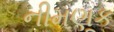
નીમણૂક